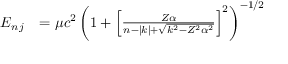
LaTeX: \begin{array} { r l } { E _ { n \, j } } & { = \mu c ^ { 2 } \left( 1 + \left[ { \frac { Z \alpha } { n - | k | + { \sqrt { k ^ { 2 } - Z ^ { 2 } \alpha ^ { 2 } } } } } \right] ^ { 2 } \right) ^ { - 1 / 2 } } \end{array}